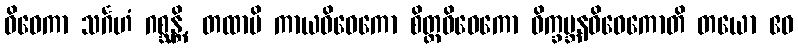
ဝိဝေကာ သင်္ဂဟံ ဂစ္ဆန္တိ, တထာပိ ကာယဝိဝေကော စိတ္တဝိဝေကော ဝိက္ခမ္ဘနဝိဝေကောတိ တယော ဧဝ